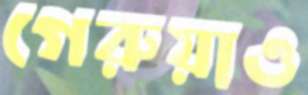
গেরুয়াও